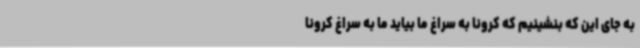
به جای این که بنشینیم که کرونا به سراغ ما بیاید ما به سراغ کرونا